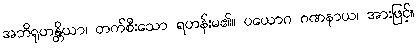
အဘိရုဟန္တိယာ၊ တက်စီးသော ရဟန်းမ၏။ ပယောဂ ဂဏနာယ၊ အားဖြင့်။